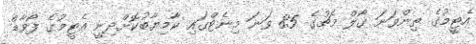
އެޓީމުގެ ތިންވަނަ ގޯލް މެޗުގެ 85 ވަނަ މިނެޓްގައި ކާމިޔާބުކޮށްދިނީ އެޓީމުގެ ފޯވާޑް